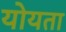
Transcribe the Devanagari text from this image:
योयता